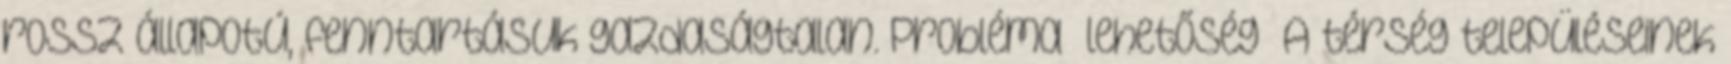
rossz állapotú, fenntartásuk gazdaságtalan. Probléma lehetőség ▪A térség településeinek